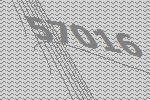
57016